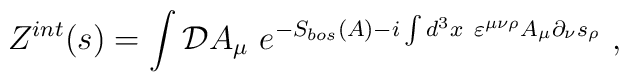
Z^{int}(s)=\int {\cal D}A_\mu ~e^{-S_{bos}(A)-i\int d^3x~\varepsilon ^{\mu\nu \rho }A_\mu \partial _\nu s_\rho }~,